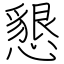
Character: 懇